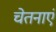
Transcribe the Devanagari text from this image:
चेतनाएं